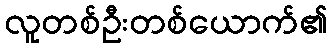
လူတစ်ဦးတစ်ယောက်၏